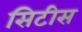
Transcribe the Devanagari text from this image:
सिटीस